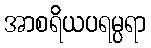
အာစရိယပရမ္ပရာ